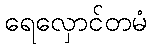
ရေလှောင်တမံ